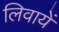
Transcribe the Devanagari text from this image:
लिवायें